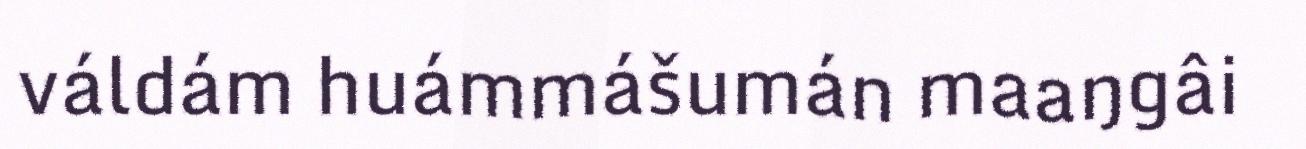
váldám huámmášumán maaŋgâi